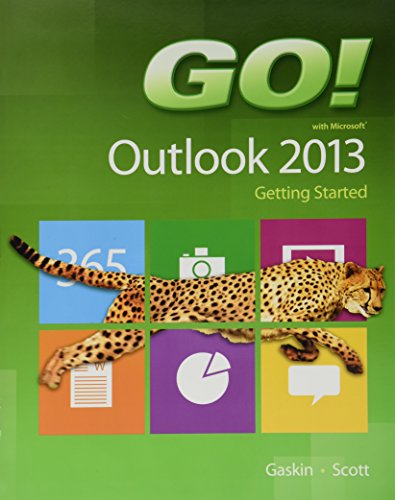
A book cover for GO! with Microsoft Outlook 2013 Getting Started (GO! for Office 2013); Shelley Gaskin; Computers & Technology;